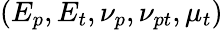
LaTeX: \left(E_{p},E_{t},\nu_{p},\nu_{pt},\mu_{t}\right)